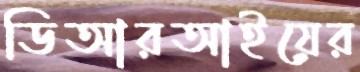
ডিআরআইয়ের